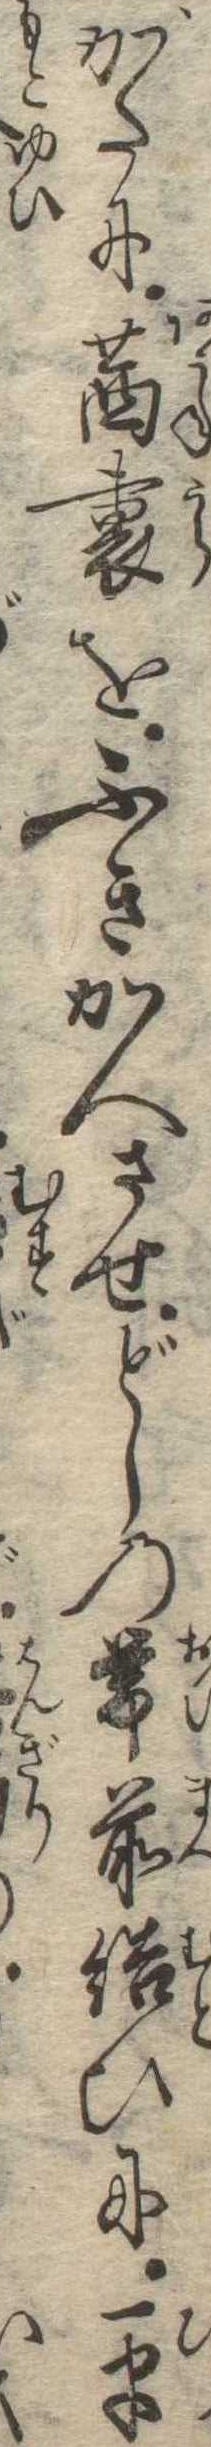
がたに茜裏をふきかへさせどしの帯前結ひに平